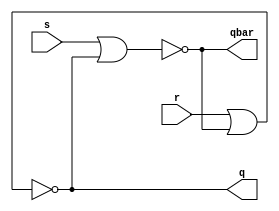
`timescale 1ns / 1ps
//////////////////////////////////////////////////////////////////////////////////
// Module Name: day11_sr_latch
//////////////////////////////////////////////////////////////////////////////////


module day11_sr_latch(
    input  s,
    input  r,
    output  q,
    output  qbar
    );
    
    nor(qbar, s, q );
    nor(q, r, qbar );
    
    
endmodule